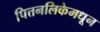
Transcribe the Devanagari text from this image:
पित्तनलिकेमधून